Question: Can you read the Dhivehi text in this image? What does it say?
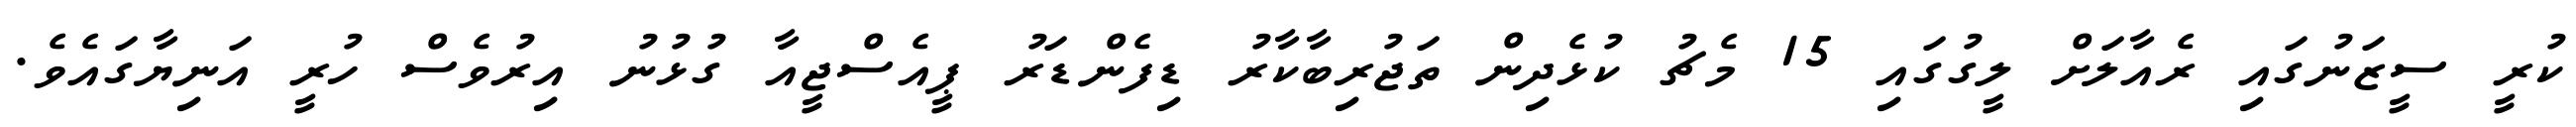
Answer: ކުރީ ސީޒަނުގައި ރެއާލަށް ލީގުގައި 15 މެޗު ކުޅެދިން ތަޖުރިބާކާރު ޑިފެންޑަރު ޕީއެސްޖީއާ ގުޅުނު އިރުވެސް ހުރީ އަނިޔާގައެވެ.